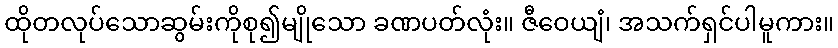
ထိုတလုပ်သောဆွမ်းကိုစု၍မျိုသော ခဏပတ်လုံး။ ဇီဝေယျံ၊ အသက်ရှင်ပါမူကား။